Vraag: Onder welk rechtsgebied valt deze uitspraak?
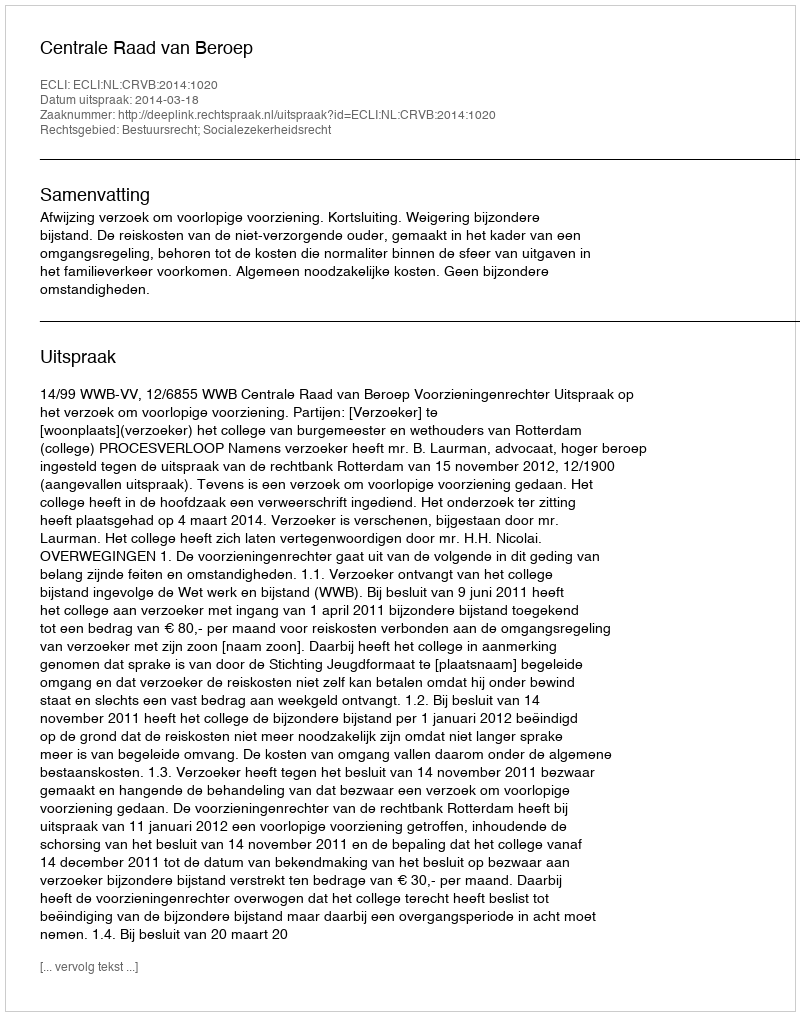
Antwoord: Bestuursrecht; Socialezekerheidsrecht